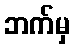
ဘက်မှ